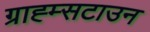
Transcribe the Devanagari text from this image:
ग्राह्म्सटाउन